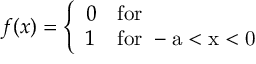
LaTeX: f ( x ) = \left\{ \begin{array} { l l } { { 0 } } & { { \mathrm { f o r ~ } } } \\ { { 1 } } & { { \mathrm { f o r ~ - a < x < 0 ~ } } } \end{array} \right.